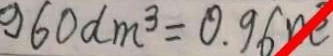
9 6 0 d m ^ { 3 } = 0 . 9 6 m ^ { 3 }